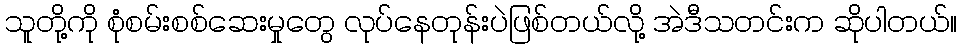
သူတို့ကို စုံစမ်းစစ်ဆေးမှုတွေ လုပ်နေတုန်းပဲဖြစ်တယ်လို့ အဲဒီသတင်းက ဆိုပါတယ်။